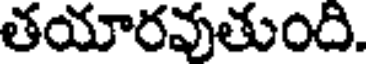
తయారవుతుంది.